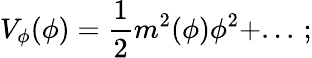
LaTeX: V_{\phi}(\phi)={\frac{1}{2}}m^{2}(\phi)\phi^{2}+...\, ;